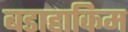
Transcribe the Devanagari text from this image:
बडाहाकिम